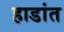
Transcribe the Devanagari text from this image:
हाडांत